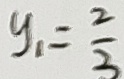
y _ { 1 } = \frac { 2 } { 3 }